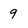
Character: 9